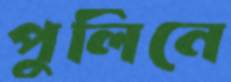
পুলিনে